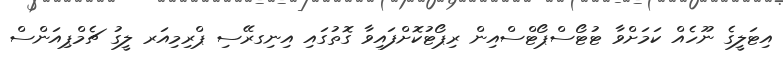
އިޓަލީގެ ނޫހެއް ކަމަށްވާ ޓުޓޯސްޕޯޓްސްއިން ރިޕޯޓުކޮށްފައިވާ ގޮތުގައި އިނިގރޭސި ޕްރިމިއަރ ލީގު ޗެމްޕިއަންސް